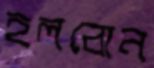
হলবোন